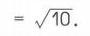
\(=\sqrt{10}\).